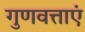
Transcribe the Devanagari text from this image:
गुणवत्ताएं